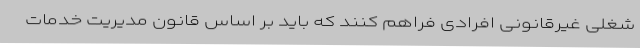
شغلی غیرقانونی افرادی فراهم کنند که باید بر اساس قانون مدیریت خدمات